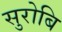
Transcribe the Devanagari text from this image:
सुरोबि